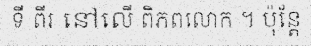
ទី ពីរ នៅលើ ពិភពលោក ។ ប៉ុន្តែ